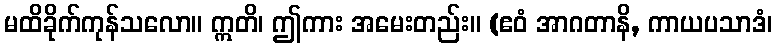
မထိခိုက်ကုန်သလော။ ဣတိ၊ ဤကား အမေးတည်း။ (ဧဝံ အာဂတာနိ, ကာယပသာဒံ၊